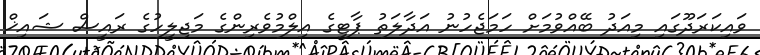
ވައިކަރަދޫގައި މިއަދު ބޭއްވުމަށް ހަމަޖެހުނު އަދާލަތު ޕާޓީގެ އިލްމުވެރިންގެ މަޖިލީހުގެ ރައީސް ޝައިޚް